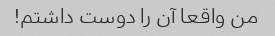
من واقعا آن را دوست داشتم!